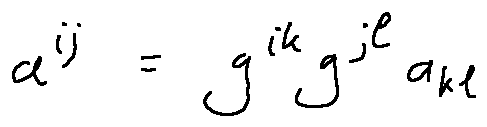
a ^ { i j } = g ^ { i k } g ^ { j l } a _ { k l }